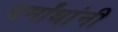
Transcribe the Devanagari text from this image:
धर्मांधांनी